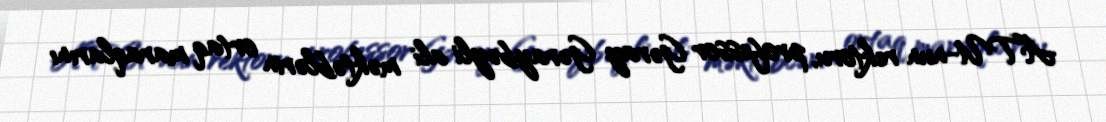
ATU-nun rektoru, professor Gəray Gəraybəyli ali məktəblərin ortaq maraqlarını